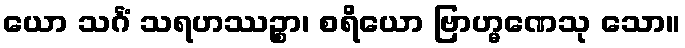
ယော သင်္ဂံ သရဟဿဉ္စာ၊ စရိယော ဗြာဟ္မဏေသု သော။